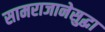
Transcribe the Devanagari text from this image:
सामराजानेसुद्धा